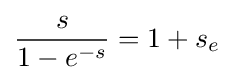
{\frac {s}{1-e^{-s}}}=1+s_{e}